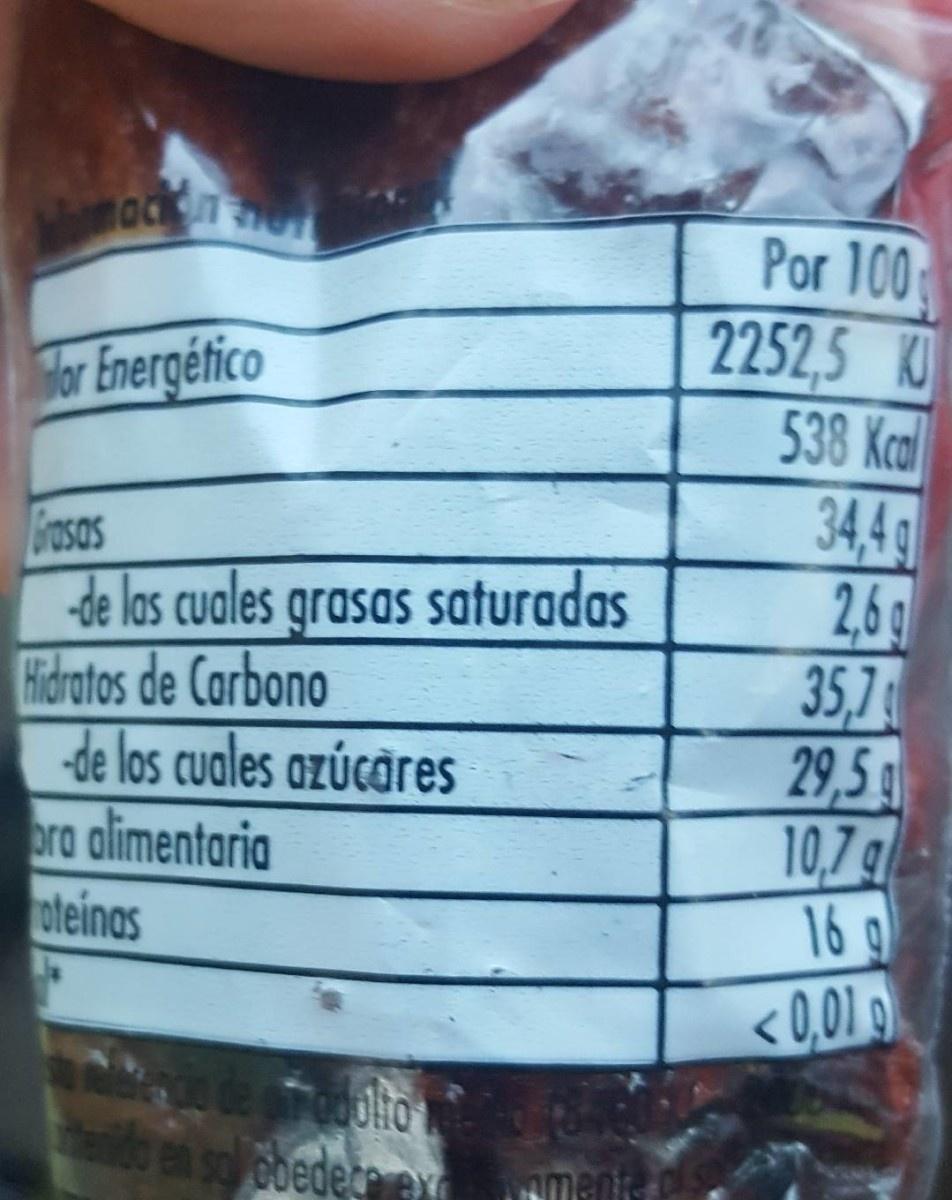
Por 100 2252,5 K 538 Kcdl 34,4g 2,6 35,7 29,5 g 10,7g
Tor Energético
rasas de las cuales grasas saturadas Hidratos de Carbono de los cuales azúcăres ora alimentaria oteinas
16 g
<0,01 9
en so cbedece ex Med